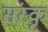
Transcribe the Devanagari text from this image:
संस्कृ